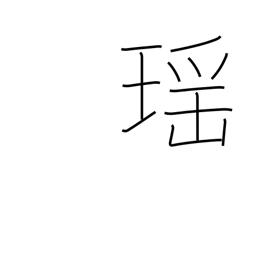
Meaning: beautiful as a jewel